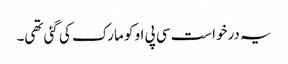
یہ درخواست سی پی او کو مارک کی گئی تھی۔